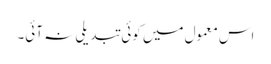
اس معمول میں کوئی تبدیلی نہ آئی۔